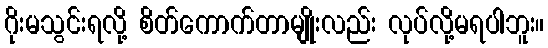
ဂိုးမသွင်းရလို့ စိတ်ကောက်တာမျိုးလည်း လုပ်လို့မရပါဘူး။